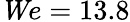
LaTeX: {\mathit We}=13.8